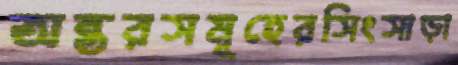
অন্তরসমূহেরসিংসাড়া